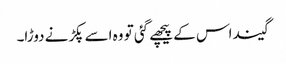
گیند اس کے پیچھے گئی تو وہ اسے پکڑنے دوڑا۔